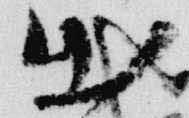
出